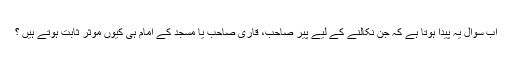
اب سوال یہ پیدا ہوتا ہے کہ جن نکالنے کے لیے پیر صاحب، قاری صاحب یا مسجد کے امام ہی کیوں موثر ثابت ہوتے ہیں ؟